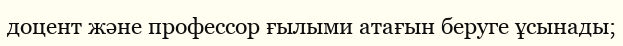
доцент және профессор ғылыми атағын беруге ұсынады;